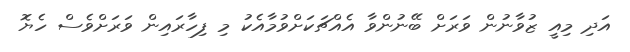
އަދި މިއީ ޒުވާނުން ވަރަށް ބޭނުންވާ އެއްޗަކަށްވުމާއެކު މި ފިހާރައިން ވަރަށްވެސް ހެޔޮ